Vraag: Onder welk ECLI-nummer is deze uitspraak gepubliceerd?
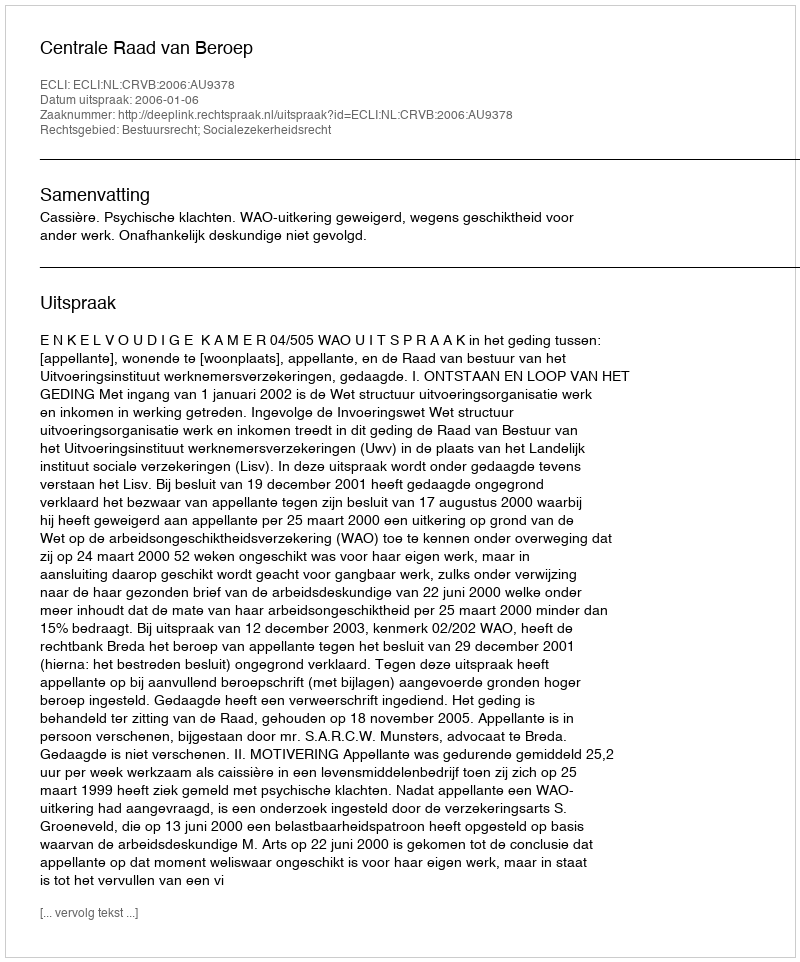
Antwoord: ECLI:NL:CRVB:2006:AU9378